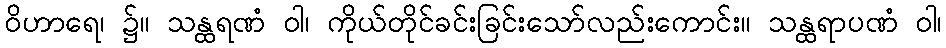
ဝိဟာရေ၊ ၌။ သန္ထရဏံ ဝါ၊ ကိုယ်တိုင်ခင်းခြင်းသော်လည်းကောင်း။ သန္ထရာပဏံ ဝါ၊